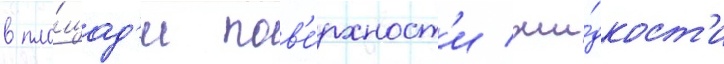
в пло́щад'и пов'е́рхност'и жи́дкост'и